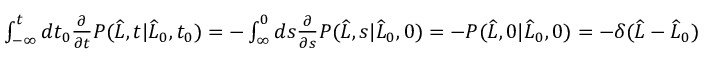
\begin{array} { r } { \int _ { - \infty } ^ { t } d t _ { 0 } \frac { \partial } { \partial t } P ( \widehat { L } , t | \widehat { L } _ { 0 } , t _ { 0 } ) = - \int _ { \infty } ^ { 0 } d s \frac { \partial } { \partial s } P ( \widehat { L } , s | \widehat { L } _ { 0 } , 0 ) = - P ( \widehat { L } , 0 | \widehat { L } _ { 0 } , 0 ) = - \delta ( \widehat { L } - \widehat { L } _ { 0 } ) } \end{array}